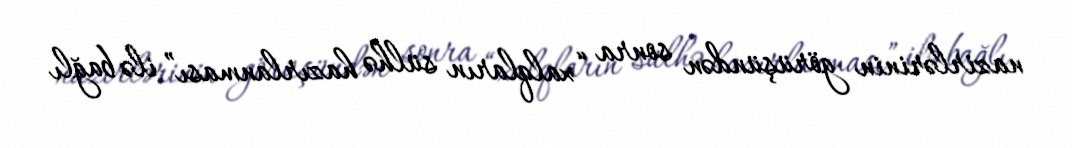
nazirlərinin görüşündən sonra “xalqların sülhə hazırlanması” ilə bağlı